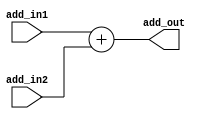
// Course: CSE 401- Computer Architecture
// Term: Winter 2020
// Name: Erika Gutierrez
// ID: 005318270

`timescale 1ns / 1ps
/* adder.v */

module adder(
    input	wire	[31:0]	add_in1,
    input	wire	[31:0]	add_in2,
    output	wire	[31:0]	add_out
    );

    assign add_out = add_in1 + add_in2;

endmodule   //adder